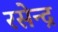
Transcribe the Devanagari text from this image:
रसेन्द्र